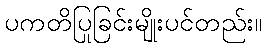
ပကတိပြုခြင်းမျိုးပင်တည်း။